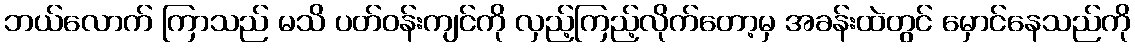
ဘယ်လောက် ကြာသည် မသိ ပတ်ဝန်းကျင်ကို လှည့်ကြည့်လိုက်တော့မှ အခန်းထဲတွင် မှောင်နေသည်ကို